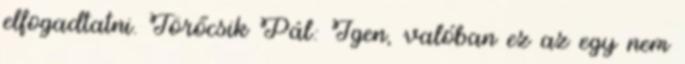
elfogadtatni. Törőcsik Pál: Igen, valóban ez az egy nem